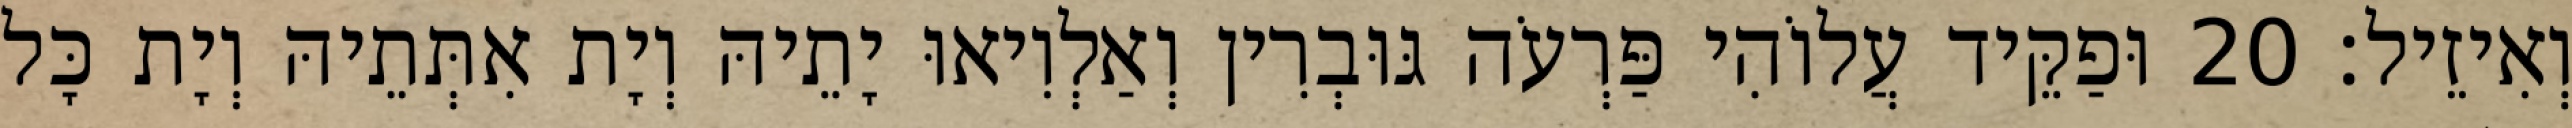
וְאִיזֵיל׃ 20 וּפַקֵּיד עֲלוֹהִי פַּרְעֹה גּוּבְרִין וְאַלְוִיאוּ יָתֵיהּ וְיָת אִתְּתֵיהּ וְיָת כָּל